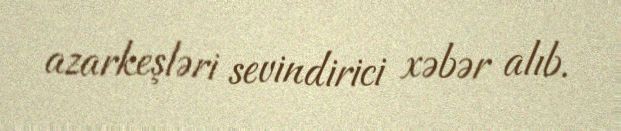
azarkeşləri sevindirici xəbər alıb.